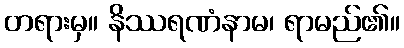
တရားမှ။ နိဿရဏံနာမ၊ ရာမည်၏။